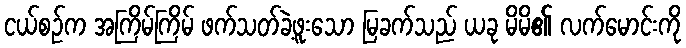
ငယ်စဉ်က အကြိမ်ကြိမ် ဖက်သတ်ခဲ့ဖူးသော မြခက်သည် ယခု မိမိ၏ လက်မောင်းကို